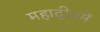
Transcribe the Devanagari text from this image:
महाद्वीपमें